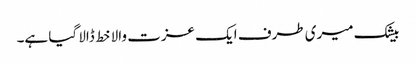
بیشک میری طرف ایک عزت والا خط ڈالا گیا ہے۔